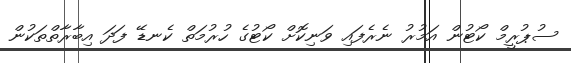
ސުޕުރީމް ކޯޓުން އަމުރު ނެރެފައި ވަނިކޮށް ކޯޓުގެ ހުރުމަތް ކެނޑޭ ފަދަ އިބާރާތްތަކުން